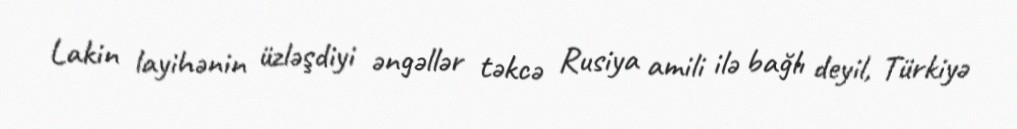
Lakin layihənin üzləşdiyi əngəllər təkcə Rusiya amili ilə bağlı deyil, Türkiyə